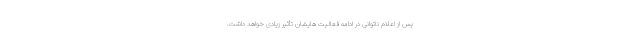
پس از اعلام ناتوانی در ادامه فعالیت هایشان تأثیر زیادی خواهد داشت.